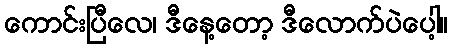
ကောင်းပြီလေ၊ ဒီနေ့တော့ ဒီလောက်ပဲပေါ့။